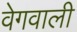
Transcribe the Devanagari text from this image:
वेगवाली